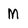
Character: M